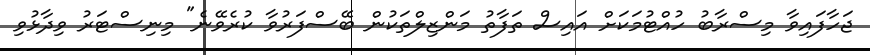
ޖަހާފައިވާ މިސްރާބު ހުއްޓުމަކަށް އައިސް ތަފާތު މަންޒިލްތަކުން ބޭސްފަރުވާ ކުރެވޭނެ" މިނިސްޓަރު ވިދާޅުވި